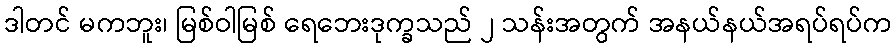
ဒါတင် မကဘူး၊ မြစ်ဝါမြစ် ရေဘေးဒုက္ခသည် ၂ သန်းအတွက် အနယ်နယ်အရပ်ရပ်က